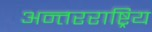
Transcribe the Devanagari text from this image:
अन्तरराष्ट्रिय